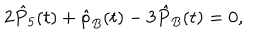
2 \hat { P } _ { 5 } ( t ) + \hat { \rho } _ { B } ( t ) - 3 \hat { P } _ { B } ( t ) = 0 ,